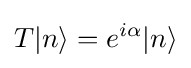
T|n\rangle =e^{i\alpha }|n\rangle